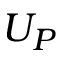
U _ { P }